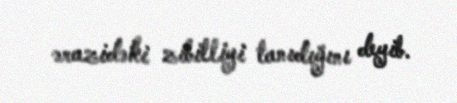
ərazidəki zibilliyi tanıdığını deyib.